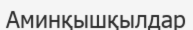
Аминқышқылдар